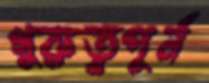
গুরুত্বপূর্ন